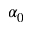
\alpha _ { 0 }